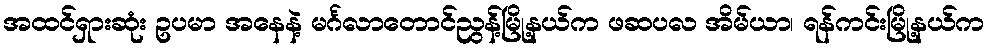
အထင်ရှားဆုံး ဥပမာ အနေနဲ့ မင်္ဂလာတောင်ညွန့်မြို့နယ်က ဖဆပလ အိမ်ယာ၊ ရန်ကင်းမြို့နယ်က